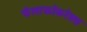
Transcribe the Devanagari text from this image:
फॅलाक्रॉकरॅक्स